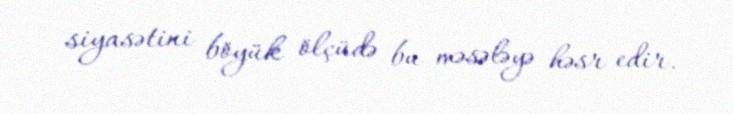
siyasətini böyük ölçüdə bu məsələyə həsr edir.